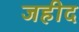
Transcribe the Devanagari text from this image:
जहीद